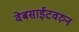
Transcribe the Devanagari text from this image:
वेबसाईटवरुन